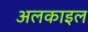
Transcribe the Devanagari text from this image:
अलकाइल